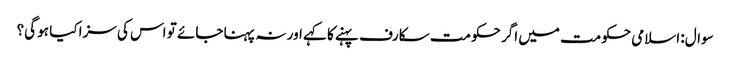
سوال: اسلامی حکومت میں اگر حکومت سکارف پہنے کا کہے اور نہ پہنا جائے تو اس کی سزا کیا ہو گی؟